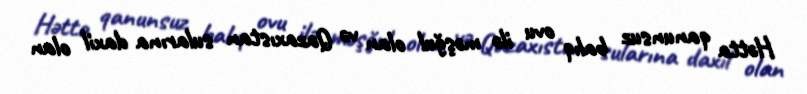
Hətta qanunsuz balıq ovu ilə məşğul olan və Qazaxıstan sularına daxil olan